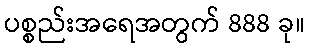
ပစ္စည်းအရေအတွက် 888 ခု။